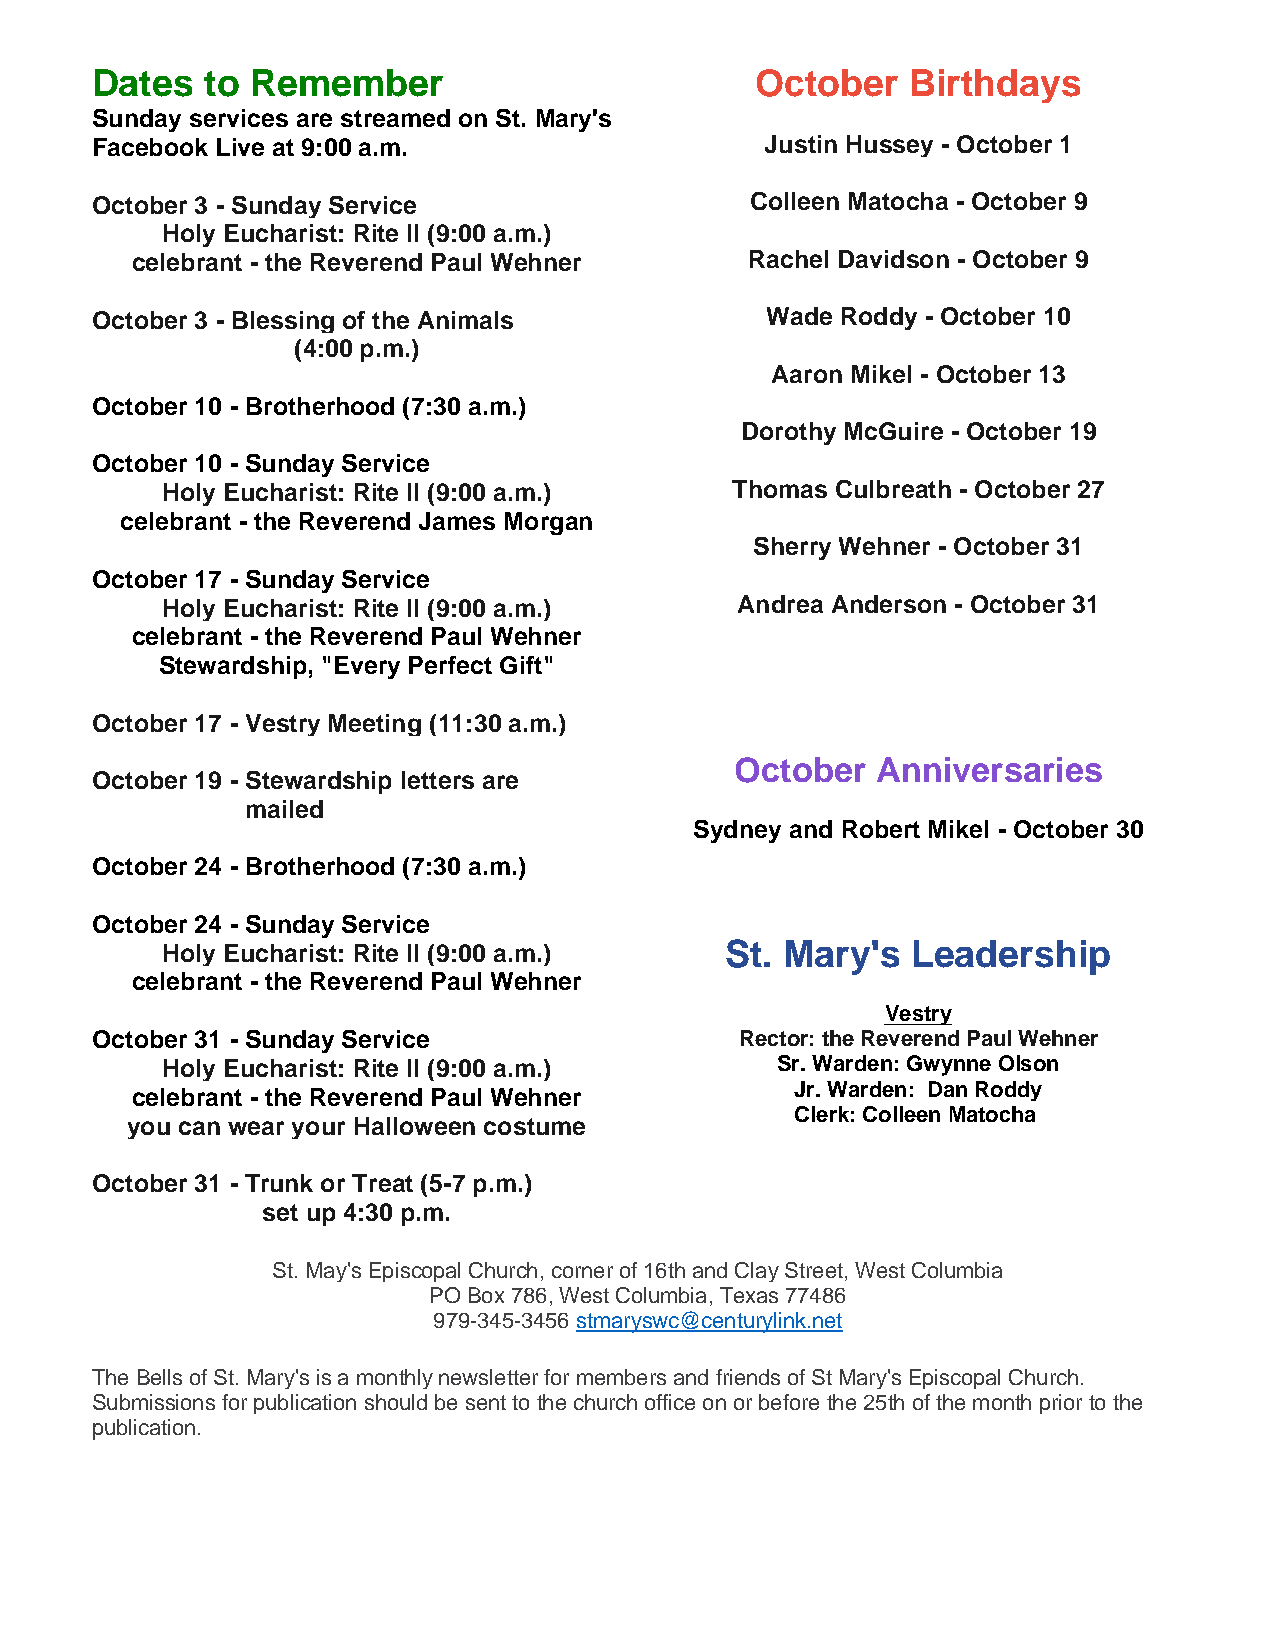
Dates   to Remember                         October   Birthdays
 Sunday services are streamed on St. Mary's
 Facebook Live at 9:00 a.m.                   Justin Hussey - October 1
 October 3 - Sunday Service                  Colleen Matocha - October 9
 Holy Eucharist: Rite II (9:00 a.m.)
 celebrant - the Reverend Paul Wehner     Rachel Davidson - October 9
 October 3 - Blessing of the Animals          Wade Roddy - October 10
 (4:00 p.m.)
 Aaron Mikel - October 13
 October 10 - Brotherhood (7:30 a.m.)
 Dorothy McGuire - October 19
 October 10 - Sunday Service
 Holy Eucharist: Rite II (9:00 a.m.)  Thomas Culbreath - October 27
 celebrant - the Reverend James Morgan
 Sherry Wehner - October 31
 October 17 - Sunday Service
 Holy Eucharist: Rite II (9:00 a.m.)   Andrea Anderson - October 31
 celebrant - the Reverend Paul Wehner
 Stewardship, "Every Perfect Gift"
 October 17 - Vestry Meeting (11:30 a.m.)
 October  Anniversaries
 October 19 - Stewardship letters are
 mailed
 Sydney and Robert Mikel - October 30
 October 24 - Brotherhood (7:30 a.m.)
 October 24 - Sunday Service
 Holy Eucharist: Rite II (9:00 a.m.)  St. Mary's  Leadership
 celebrant - the Reverend Paul Wehner
 Vestry
 October 31 - Sunday Service                Rector: the Reverend Paul Wehner
 Holy Eucharist: Rite II (9:00 a.m.)     Sr. Warden: Gwynne Olson
 celebrant - the Reverend Paul Wehner        Jr. Warden: Dan Roddy
 Clerk: Colleen Matocha
 you can wear your Halloween costume
 October 31 - Trunk or Treat (5-7 p.m.)
 set up 4 :30 p.m.
 St. May's Episcopal Church, corner of 16th and Clay Street, West Columbia
 PO Box 786, West Columbia, Texas 77486
 979-345-3456 stmaryswc@centurylink.net
 The Bells of St. Mary's is a monthly newsletter for members and friends of St Mary's Episcopal Church.
 Submissions for publication should be sent to the church office on or before the 25th of the month prior to the
 publication.